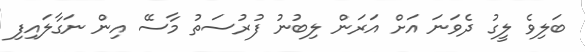
ބަލިވެ ލީގު ދެވަނަ އަށް އަރަން ލިބުނު ފުރުސަތު މާސޭ އިން ނަގާލައިފި